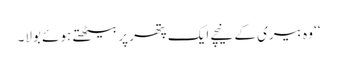
‘‘ وہ بیری کے نیچے ایک پتھر پر بیٹھتے ہوئے بولا۔